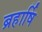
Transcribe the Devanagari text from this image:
ब्रहार्षि